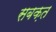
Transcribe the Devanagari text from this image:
सबक़त